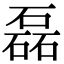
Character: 磊